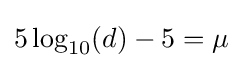
5\log _{10}(d)-5=\mu